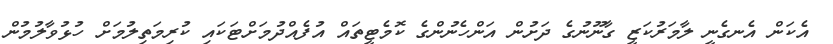
އެކަން އެނގެނީ ލާމަރުކަޒީ ގާނޫނުގެ ދަށުން އަންހެނުންގެ ކޮމެޓީތައް އުފެއްދުމަށްޓަކައި ކުރިމަތިލުމަށް ހުޅުވާލުމުން